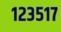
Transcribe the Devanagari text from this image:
१२३५१७